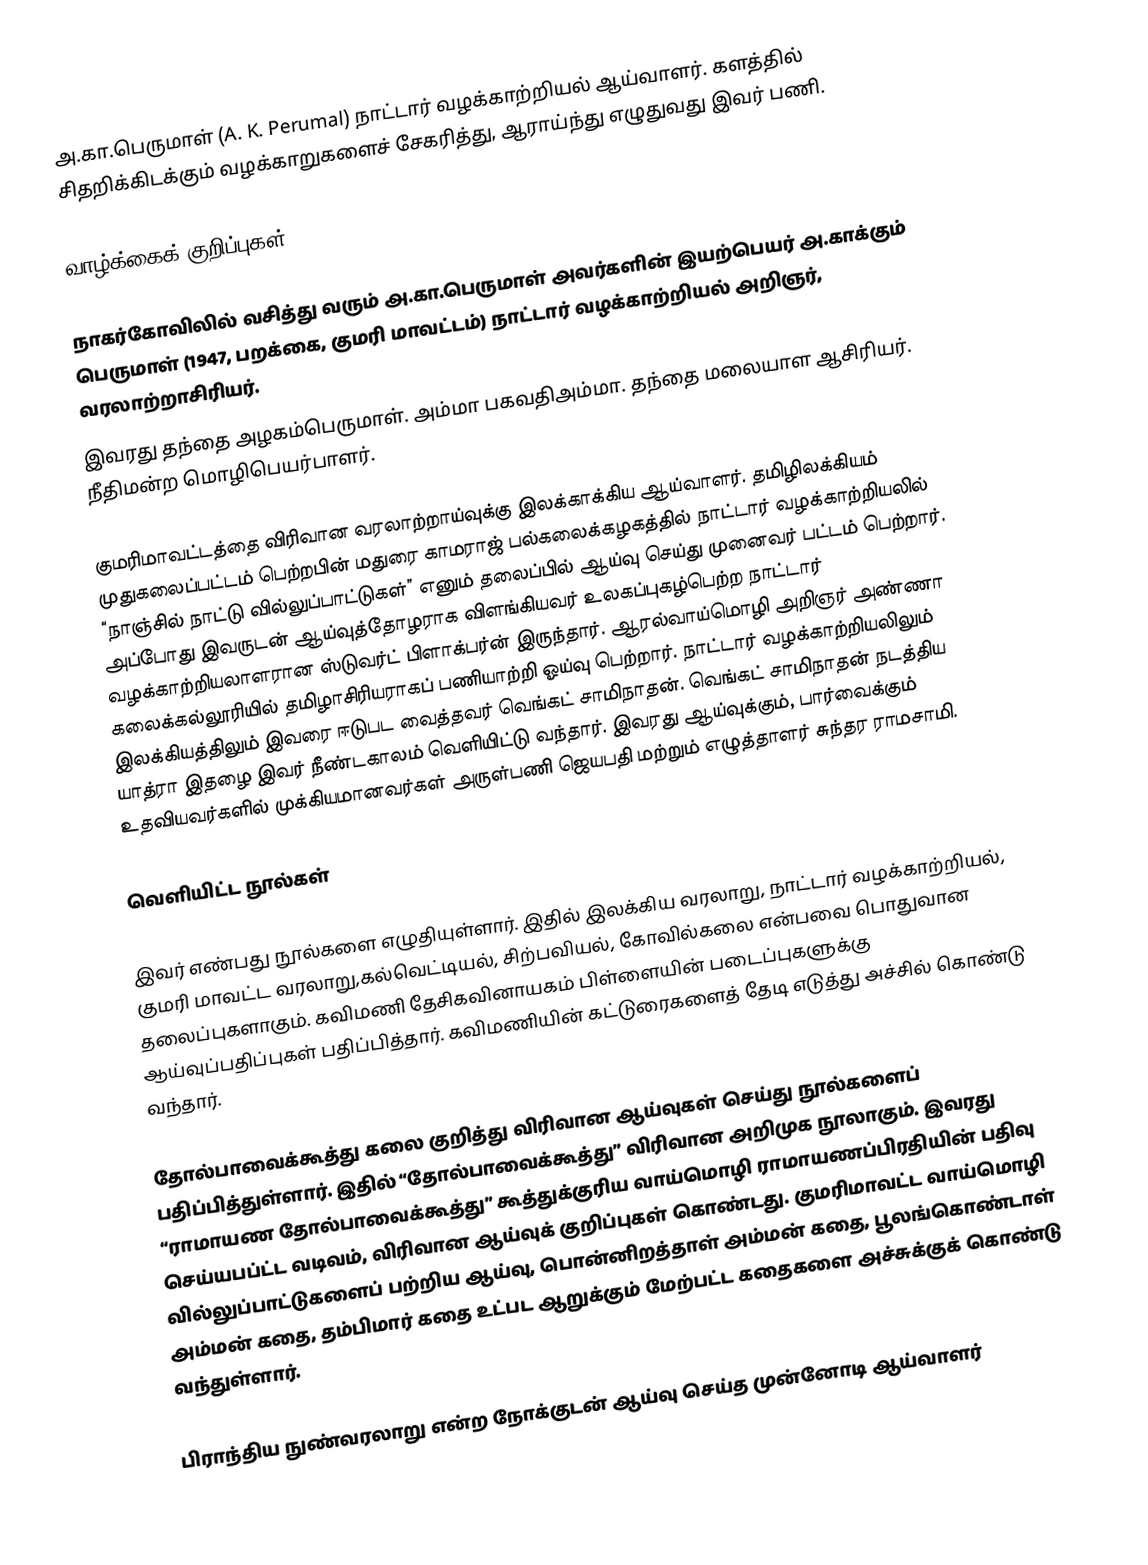
அ.கா.பெருமாள் (A. K. Perumal) நாட்டார் வழக்காற்றியல் ஆய்வாளர். களத்தில் சிதறிக்கிடக்கும் வழக்காறுகளைச் சேகரித்து, ஆராய்ந்து எழுதுவது இவர் பணி.

வாழ்க்கைக் குறிப்புகள்

நாகர்கோவிலில் வசித்து வரும் அ.கா.பெருமாள் அவர்களின் இயற்பெயர் அ.காக்கும் பெருமாள் (1947, பறக்கை, குமரி மாவட்டம்) நாட்டார் வழக்காற்றியல் அறிஞர், வரலாற்றாசிரியர்.
இவரது தந்தை அழகம்பெருமாள். அம்மா பகவதிஅம்மா. தந்தை மலையாள ஆசிரியர். நீதிமன்ற மொழிபெயர்பாளர்.

குமரிமாவட்டத்தை விரிவான வரலாற்றாய்வுக்கு இலக்காக்கிய ஆய்வாளர். தமிழிலக்கியம் முதுகலைப்பட்டம் பெற்றபின் மதுரை காமராஜ் பல்கலைக்கழகத்தில் நாட்டார் வழக்காற்றியலில் “நாஞ்சில் நாட்டு வில்லுப்பாட்டுகள்” எனும் தலைப்பில் ஆய்வு செய்து முனைவர் பட்டம் பெற்றார். அப்போது இவருடன் ஆய்வுத்தோழராக விளங்கியவர் உலகப்புகழ்பெற்ற நாட்டார் வழக்காற்றியலாளரான ஸ்டுவர்ட் பிளாக்பர்ன் இருந்தார். ஆரல்வாய்மொழி அறிஞர் அண்ணா கலைக்கல்லூரியில் தமிழாசிரியராகப் பணியாற்றி ஓய்வு பெற்றார். நாட்டார் வழக்காற்றியலிலும் இலக்கியத்திலும் இவரை ஈடுபட வைத்தவர் வெங்கட் சாமிநாதன். வெங்கட் சாமிநாதன் நடத்திய யாத்ரா இதழை இவர் நீண்டகாலம் வெளியிட்டு வந்தார். இவரது ஆய்வுக்கும், பார்வைக்கும் உதவியவர்களில் முக்கியமானவர்கள் அருள்பணி ஜெயபதி மற்றும் எழுத்தாளர் சுந்தர ராமசாமி.

வெளியிட்ட நூல்கள்

இவர் எண்பது நூல்களை எழுதியுள்ளார். இதில் இலக்கிய வரலாறு, நாட்டார் வழக்காற்றியல், குமரி மாவட்ட வரலாறு,கல்வெட்டியல், சிற்பவியல், கோவில்கலை என்பவை பொதுவான தலைப்புகளாகும். கவிமணி தேசிகவினாயகம் பிள்ளையின் படைப்புகளுக்கு ஆய்வுப்பதிப்புகள் பதிப்பித்தார். கவிமணியின் கட்டுரைகளைத் தேடி எடுத்து அச்சில் கொண்டு வந்தார்.

தோல்பாவைக்கூத்து கலை குறித்து விரிவான ஆய்வுகள் செய்து நூல்களைப் பதிப்பித்துள்ளார். இதில் “தோல்பாவைக்கூத்து” விரிவான அறிமுக நூலாகும். இவரது “ராமாயண தோல்பாவைக்கூத்து” கூத்துக்குரிய வாய்மொழி ராமாயணப்பிரதியின் பதிவு செய்யபப்ட்ட வடிவம், விரிவான ஆய்வுக் குறிப்புகள் கொண்டது. குமரிமாவட்ட வாய்மொழி வில்லுப்பாட்டுகளைப் பற்றிய ஆய்வு, பொன்னிறத்தாள் அம்மன் கதை, பூலங்கொண்டாள் அம்மன் கதை, தம்பிமார் கதை உட்பட ஆறுக்கும் மேற்பட்ட கதைகளை அச்சுக்குக் கொண்டு வந்துள்ளார்.

பிராந்திய நுண்வரலாறு என்ற நோக்குடன் ஆய்வு செய்த முன்னோடி ஆய்வாளர்